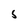
Character: S